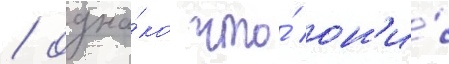
/ одна́ко что́ он'и́